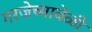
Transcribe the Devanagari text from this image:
गरजेच्यावेळी